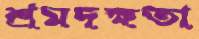
শ্রমদক্ষতা